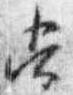
常